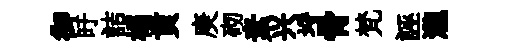
御旴詰榻貢庚砌素兴埓骨梵誣瀧